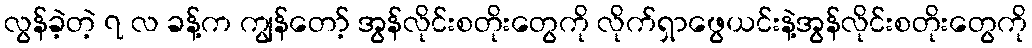
လွန်ခဲ့တဲ့ ၇ လ ခန့်က ကျွန်တော့် အွန်လိုင်းစတိုးတွေကို လိုက်ရှာဖွေယင်းနဲ့အွန်လိုင်းစတိုးတွေကို